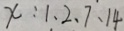
x : 1 、 2 、 7 、 1 4